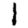
Digit: 1